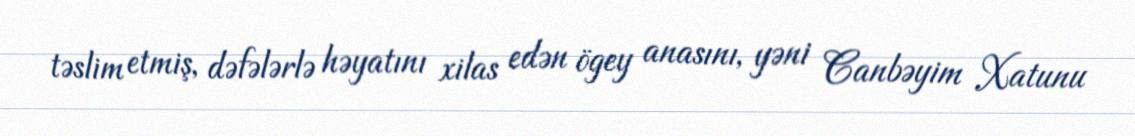
təslim etmiş, dəfələrlə həyatını xilas edən ögey anasını, yəni Canbəyim Xatunu